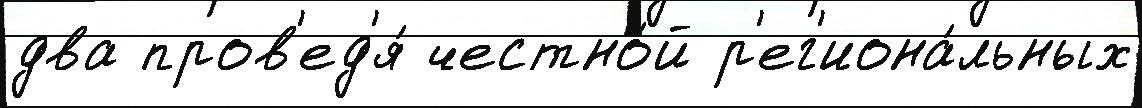
два пров'ед'я́ честно́й р'ег'иона́льных